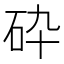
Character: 砕